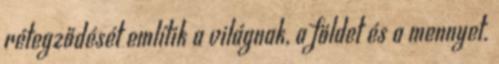
rétegződését említik a világnak, a földet és a mennyet.